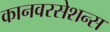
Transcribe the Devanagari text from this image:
कानवरसेशन्स